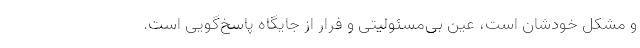
و مشکل خودشان است، عین بی‌مسئولیتی و فرار از جایگاه پاسخ‌گویی است.